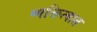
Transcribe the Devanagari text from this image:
व्यक्तित्वात